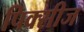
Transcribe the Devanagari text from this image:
पिक्सीज